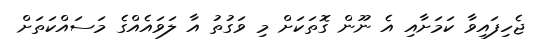
ޖެހިފައިވާ ކަމަށާއި އެ ނޫން ގޮތަކަށް މި ވަގުތު އާ ލަވައެއްގެ މަސައްކަތަށް